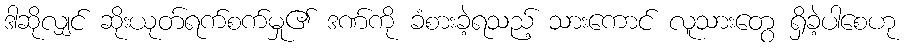
ဒါဆိုလျှင် ဆိုးယုတ်ရက်စက်မှု၏ ဒဏ်ကို ခံစားခဲ့ရသည့် သားကောင် လူသားတွေ ရှိခဲ့ပါစေဟု